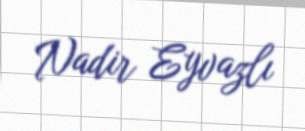
Nadir Eyvazlı